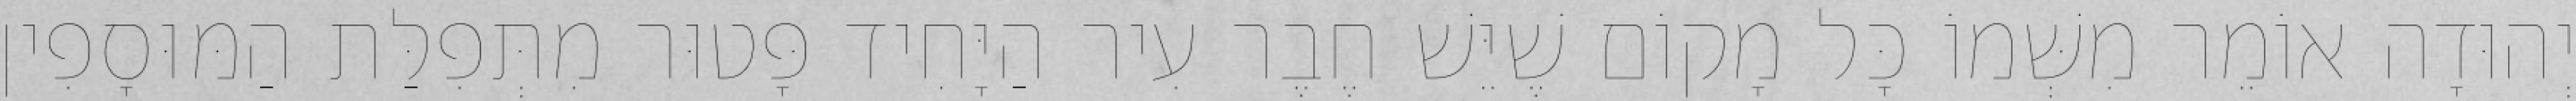
יְהוּדָה אוֹמֵר מִשְּׁמוֹ כָּל מָקוֹם שֶׁיֵּשׁ חֶבֶר עִיר הַיָּחִיד פָּטוּר מִתְּפִלַּת הַמּוּסָפִין